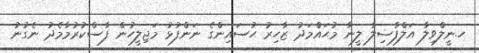
ހ.ނީލްވިލާ އަލްފާޟިލާ ލީނާ މުޙައްމަދު ޒާހިރު ޙުސައިންގެ ނަންފުޅު މަޖިލީހުން ފާސްކުރުމާމެދު ނެގުނު